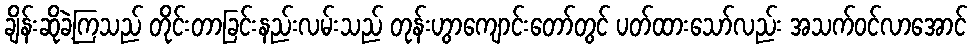
ချိန်းဆိုခဲ့ကြသည် တိုင်းတာခြင်းနည်းလမ်းသည် တုန်းဟွာကျောင်းတော်တွင် ပတ်ထားသော်လည်း အသက်ဝင်လာအောင်